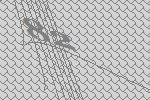
82